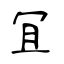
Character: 冝